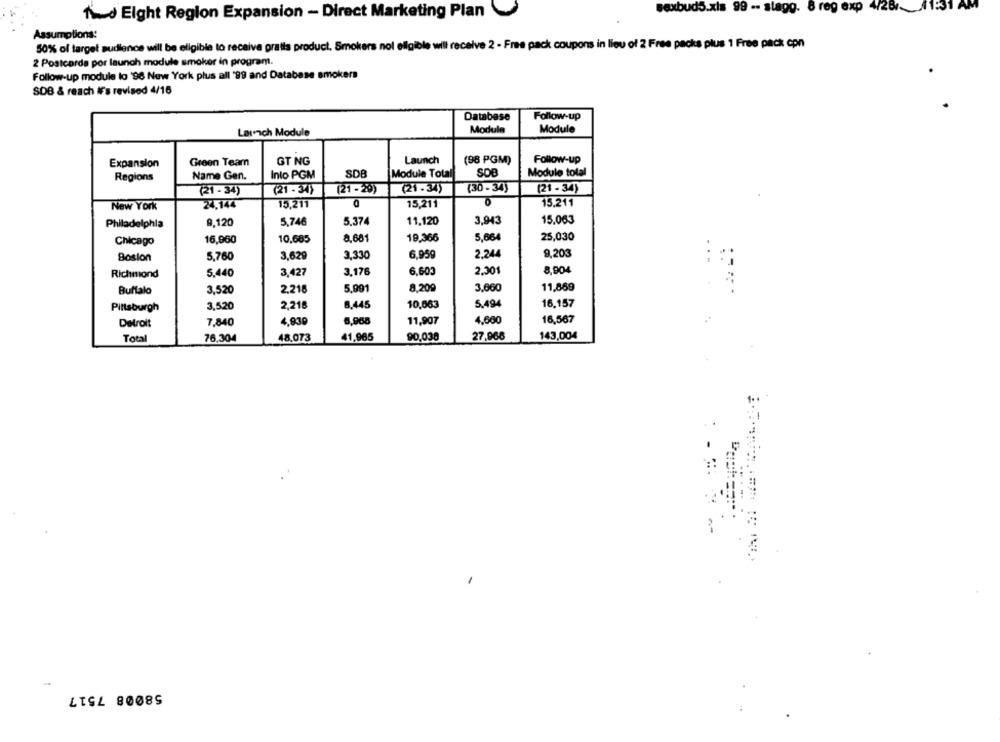
1:31
Tid Eight Region Expansion - Direct Marketing Plan
sexbuds.xls 99 -- stagg. 8 reg exp
Assumptions:
50% of target audience will be eligible to receive pratis product. Smokers not eligible will receive 2 - Free pack coupons in lieu of 2 Free packs plus 1 Free pack con
2 Postcarda por launch module smoker in program.
Follow-up module lo '98 New York plus all '99 and Database smokers
SDB & reach IF's revised 4/16
Database
Follow-up
Laurach Module
Module
Module
Expansion
Green Team
GT NG
Launch
(96 PGM)
Follow-up
Regions
Name Gen.
Into PGM
SDB
Module Total
SDB
Module total
(21 - 34)
(21 - 34)
(21-20)
(21.34)
(30 - 34)
(21 - 34)
New York
24,144
15,211
0
15,211
15.211
9,120
5,746
5.374
11,120
3,943
15.063
Philadelphia
8,681
19,366
5,664
25,030
Chicago
16,960
10.685
2.244
Sosion
5,760
3,629
3,330
6,959
9,203
Richmond
5,440
3,427
3,176
6,603
2.301
8,904
Buffalo
3,520
2,218
5,991
8,209
3.660
11,869
2,218
8.445
10,063
5.494
16,157
Pittsburgh
3,520
4,930
6,968
11,907
4,660
16,567
Detroit
7,840
Total
76.304
48.073
41,965
90,038
27,966
143,004
58008 7517